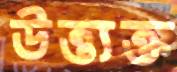
উত্ত্যক্ত